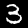
Label: 3